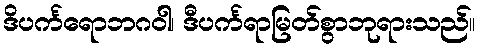
ဒိပင်္ကရောဘဂဝါ၊ ဒီပင်္ကရာမြတ်စွာဘုရားသည်။